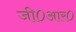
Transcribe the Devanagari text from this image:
जी०आर०